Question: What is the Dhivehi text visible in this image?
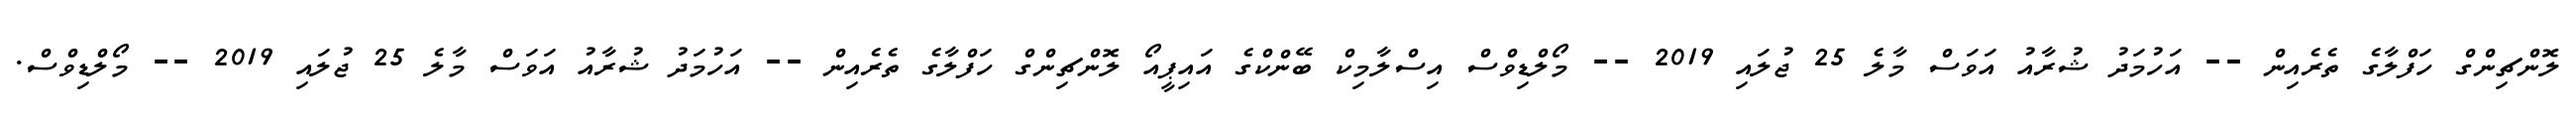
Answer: ލޮންޗިންގް ހަފްލާގެ ތެރެއިން -- އަހުމަދު ޝުރާއު އަވަސް މާލެ 25 ޖުލައި 2019 -- މޯލްޑިވްސް އިސްލާމިކް ބޭންކްގެ އައިޕީއޯ ލޮންޗިންގް ހަފްލާގެ ތެރެއިން -- އަހުމަދު ޝުރާއު އަވަސް މާލެ 25 ޖުލައި 2019 -- މޯލްޑިވްސް.